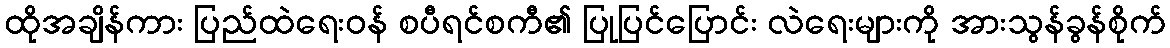
ထိုအချိန်ကား ပြည်ထဲရေးဝန် စပီရင်စကီ၏ ပြုပြင်ပြောင်း လဲရေးများကို အားသွန်ခွန်စိုက်